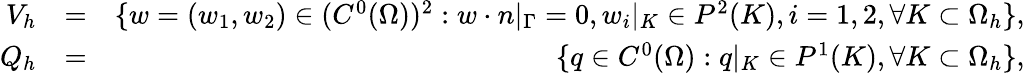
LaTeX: \begin{array}{rlr}{V_{h}}&{=}&{\{ w=(w_{1},w_{2})\in(C^{0}(\Omega))^{2}:w\cdot n|_{\Gamma}=0,w_{i}|_{K}\in P^{2}(K),i=1,2,\forall K\subset\Omega_{h}\} ,}\\ {Q_{h}}&{=}&{\{ q\in C^{0}(\Omega):q|_{K}\in P^{1}(K),\forall K\subset\Omega_{h}\} ,}\end{array}